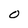
Character: O